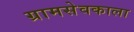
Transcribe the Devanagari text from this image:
ग्रामसेवकाला